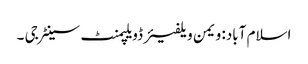
اسلام آباد: ویمن ویلفیئر ڈویلپمنٹ سینٹر جی ۔